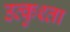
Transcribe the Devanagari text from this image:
उत्कुश्ता